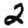
Digit: 2